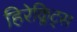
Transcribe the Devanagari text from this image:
हिरेक्लिट्स